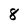
Character: 8